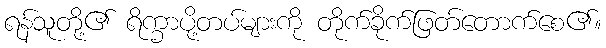
ရန်သူတို့၏ ရိက္ခာပို့တပ်များကို တိုက်ခိုက်ဖြတ်တောက်စေ၏။